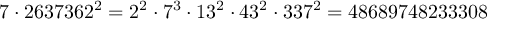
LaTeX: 7 \cdot 2 6 3 7 3 6 2 ^ { 2 } = 2 ^ { 2 } \cdot 7 ^ { 3 } \cdot 1 3 ^ { 2 } \cdot 4 3 ^ { 2 } \cdot 3 3 7 ^ { 2 } = 4 8 6 8 9 7 4 8 2 3 3 3 0 8